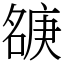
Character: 㗮